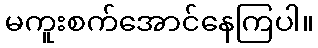
မကူးစက်အောင်နေကြပါ။